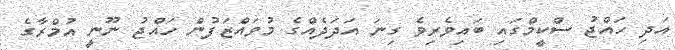
އަދި ހައްޖު ސްކީމްގައި ބައިވެރިވެ ގިނަ އަދަދެއްގެ މުވައްޒަފުން ހައްޖު ނޫނީ އުމްރާގެ